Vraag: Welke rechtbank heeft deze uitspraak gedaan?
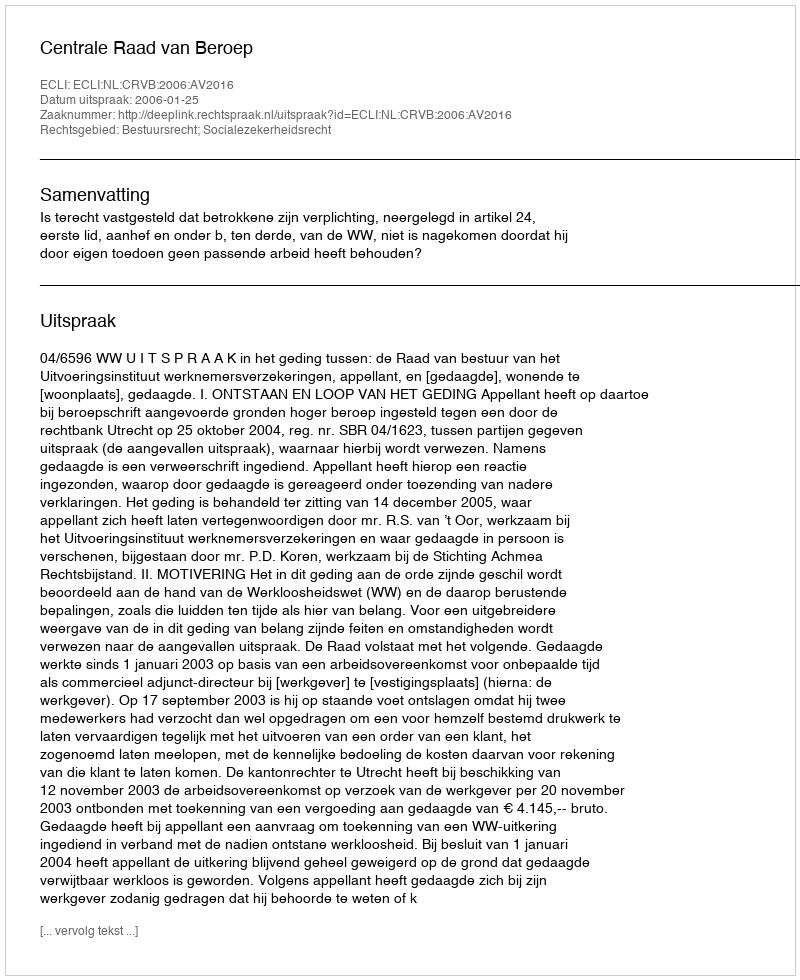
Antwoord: Centrale Raad van Beroep